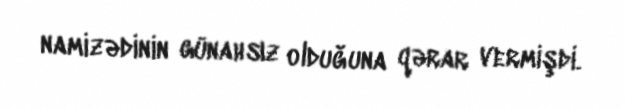
namizədinin günahsız olduğuna qərar vermişdi.